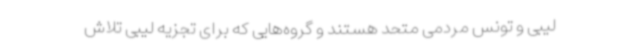
لیبی و تونس مردمی متحد هستند و گروه‌هایی که برای تجزیه لیبی تلاش